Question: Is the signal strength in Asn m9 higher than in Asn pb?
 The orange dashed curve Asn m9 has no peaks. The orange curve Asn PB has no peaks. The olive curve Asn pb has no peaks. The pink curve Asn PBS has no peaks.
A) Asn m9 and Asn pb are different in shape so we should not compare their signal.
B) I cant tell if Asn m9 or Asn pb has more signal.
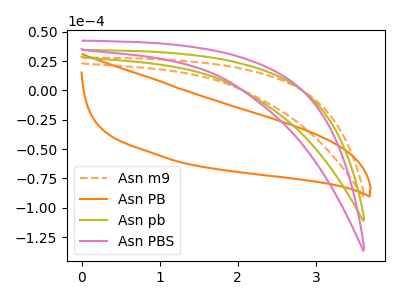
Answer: <think>Neither "Asn m9" or "Asn pb" have any peaks.
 </think>
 <answer>B) I cant tell if "Asn m9" or "Asn pb" has more signal.</answer>
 <eval>B</eval>